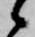
候